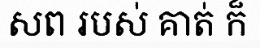
សព របស់ គាត់ ក៏